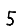
Digit: 5